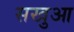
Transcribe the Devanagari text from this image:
सखुआ